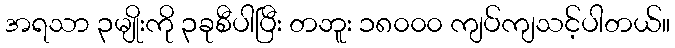
အရသာ ၃မျိုးကို ၃ခုစီပါပြီး တဘူး ၁၈၀၀၀ ကျပ်ကျသင့်ပါတယ်။